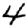
Digit: 4